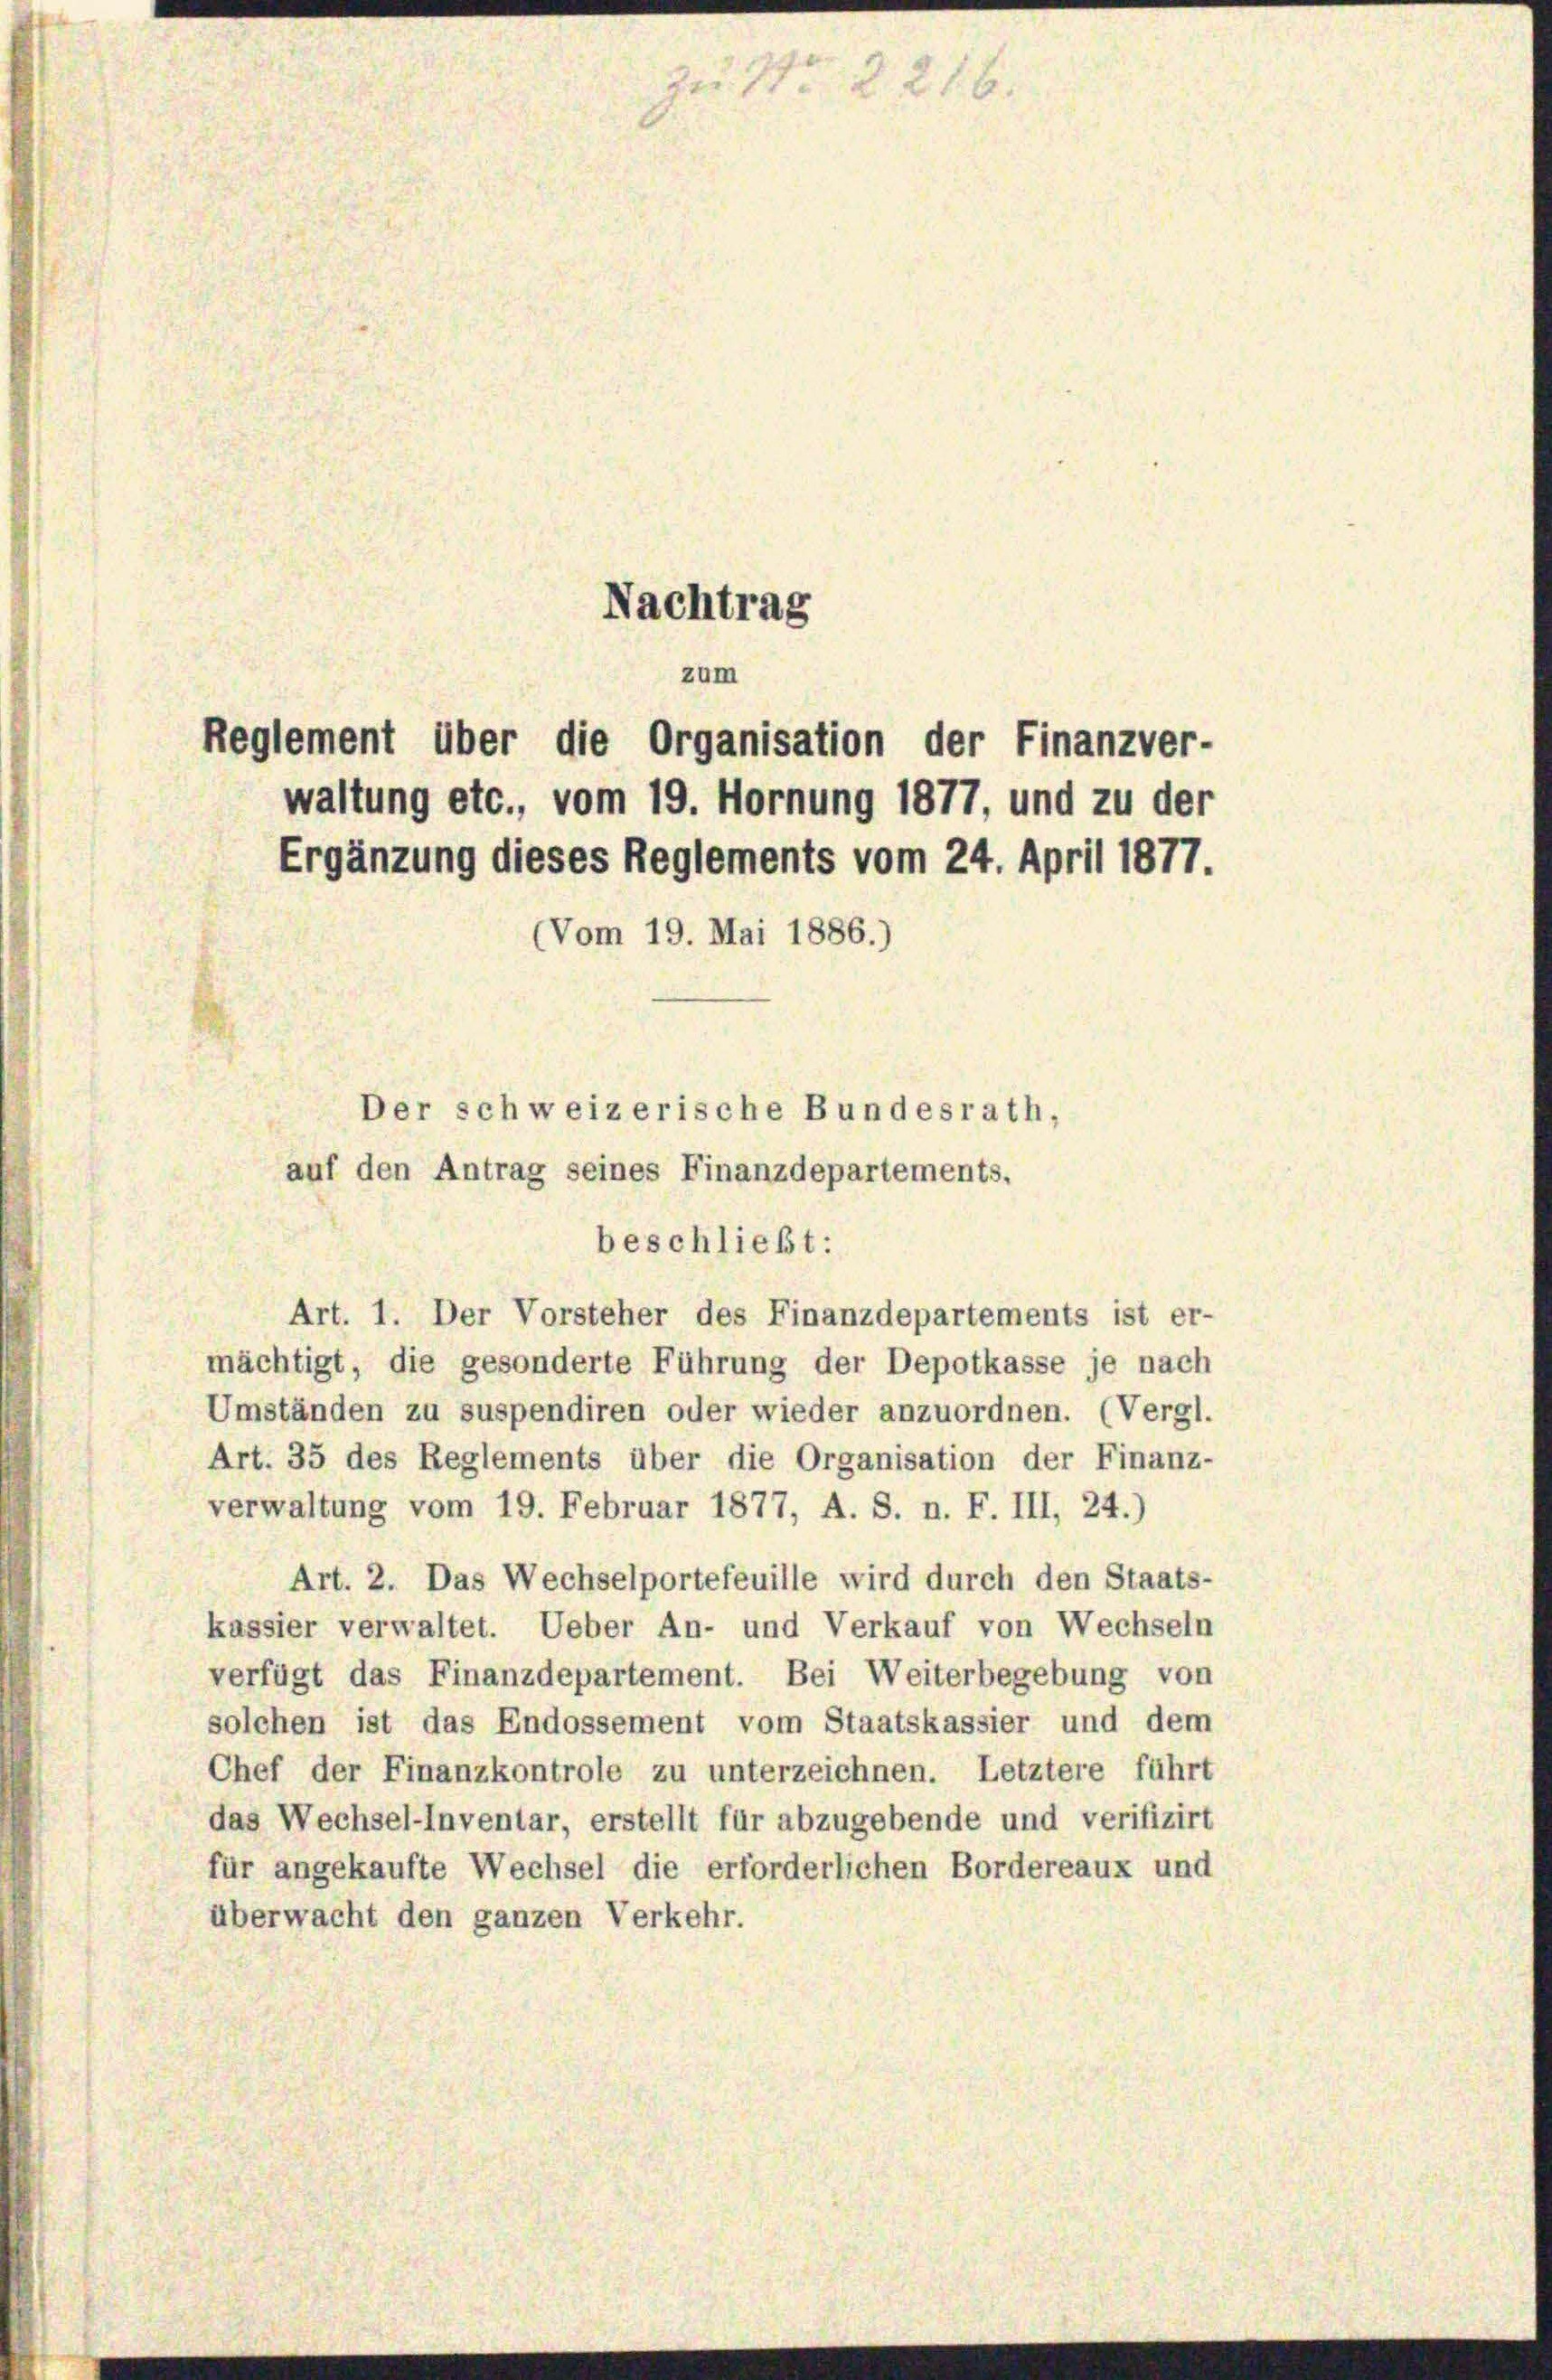
Nachtrag
zum
Reglement über die Organisation der Finanzver-
waltung etc., vom 19. Hornung 1877, und zu der
Ergänzung dieses Reglements vom 24. April 1877.
(Vom 19. Mai 1886.)
Der schweizerische Bundesrath,
auf den Antrag seines Finanzdepartements.

ar 19

beschließt:
Art. 1. Der Vorsteher des Finanzdepartements ist er-
mächtigt, die gesonderte Führung der Depotkasse je nach
Umständen zu suspendiren oder wieder anzuordnen. (Vergl.
Art. 35 des Reglements über die Organisation der Finanz-
verwaltung vom 19. Februar 1877, A. S. n. F. III, 24.)
Art. 2. Das Wechselportefeuille wird durch den Staats-
kassier verwaltet. Ueber An- und Verkauf von Wechseln
verfügt das Finanzdepartement. Bei Weiterbegebung von
solchen ist das Endossement vom Staatskassier und dem
Chef der Finanzkontrole zu unterzeichnen. Letztere führt
das Wechsel-Inventar, erstellt für abzugebende und verifizirt
für angekaufte Wechsel die erforderlichen Bordereaux und
überwacht den ganzen Verkehr.